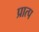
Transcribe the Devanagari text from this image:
प्रात्प